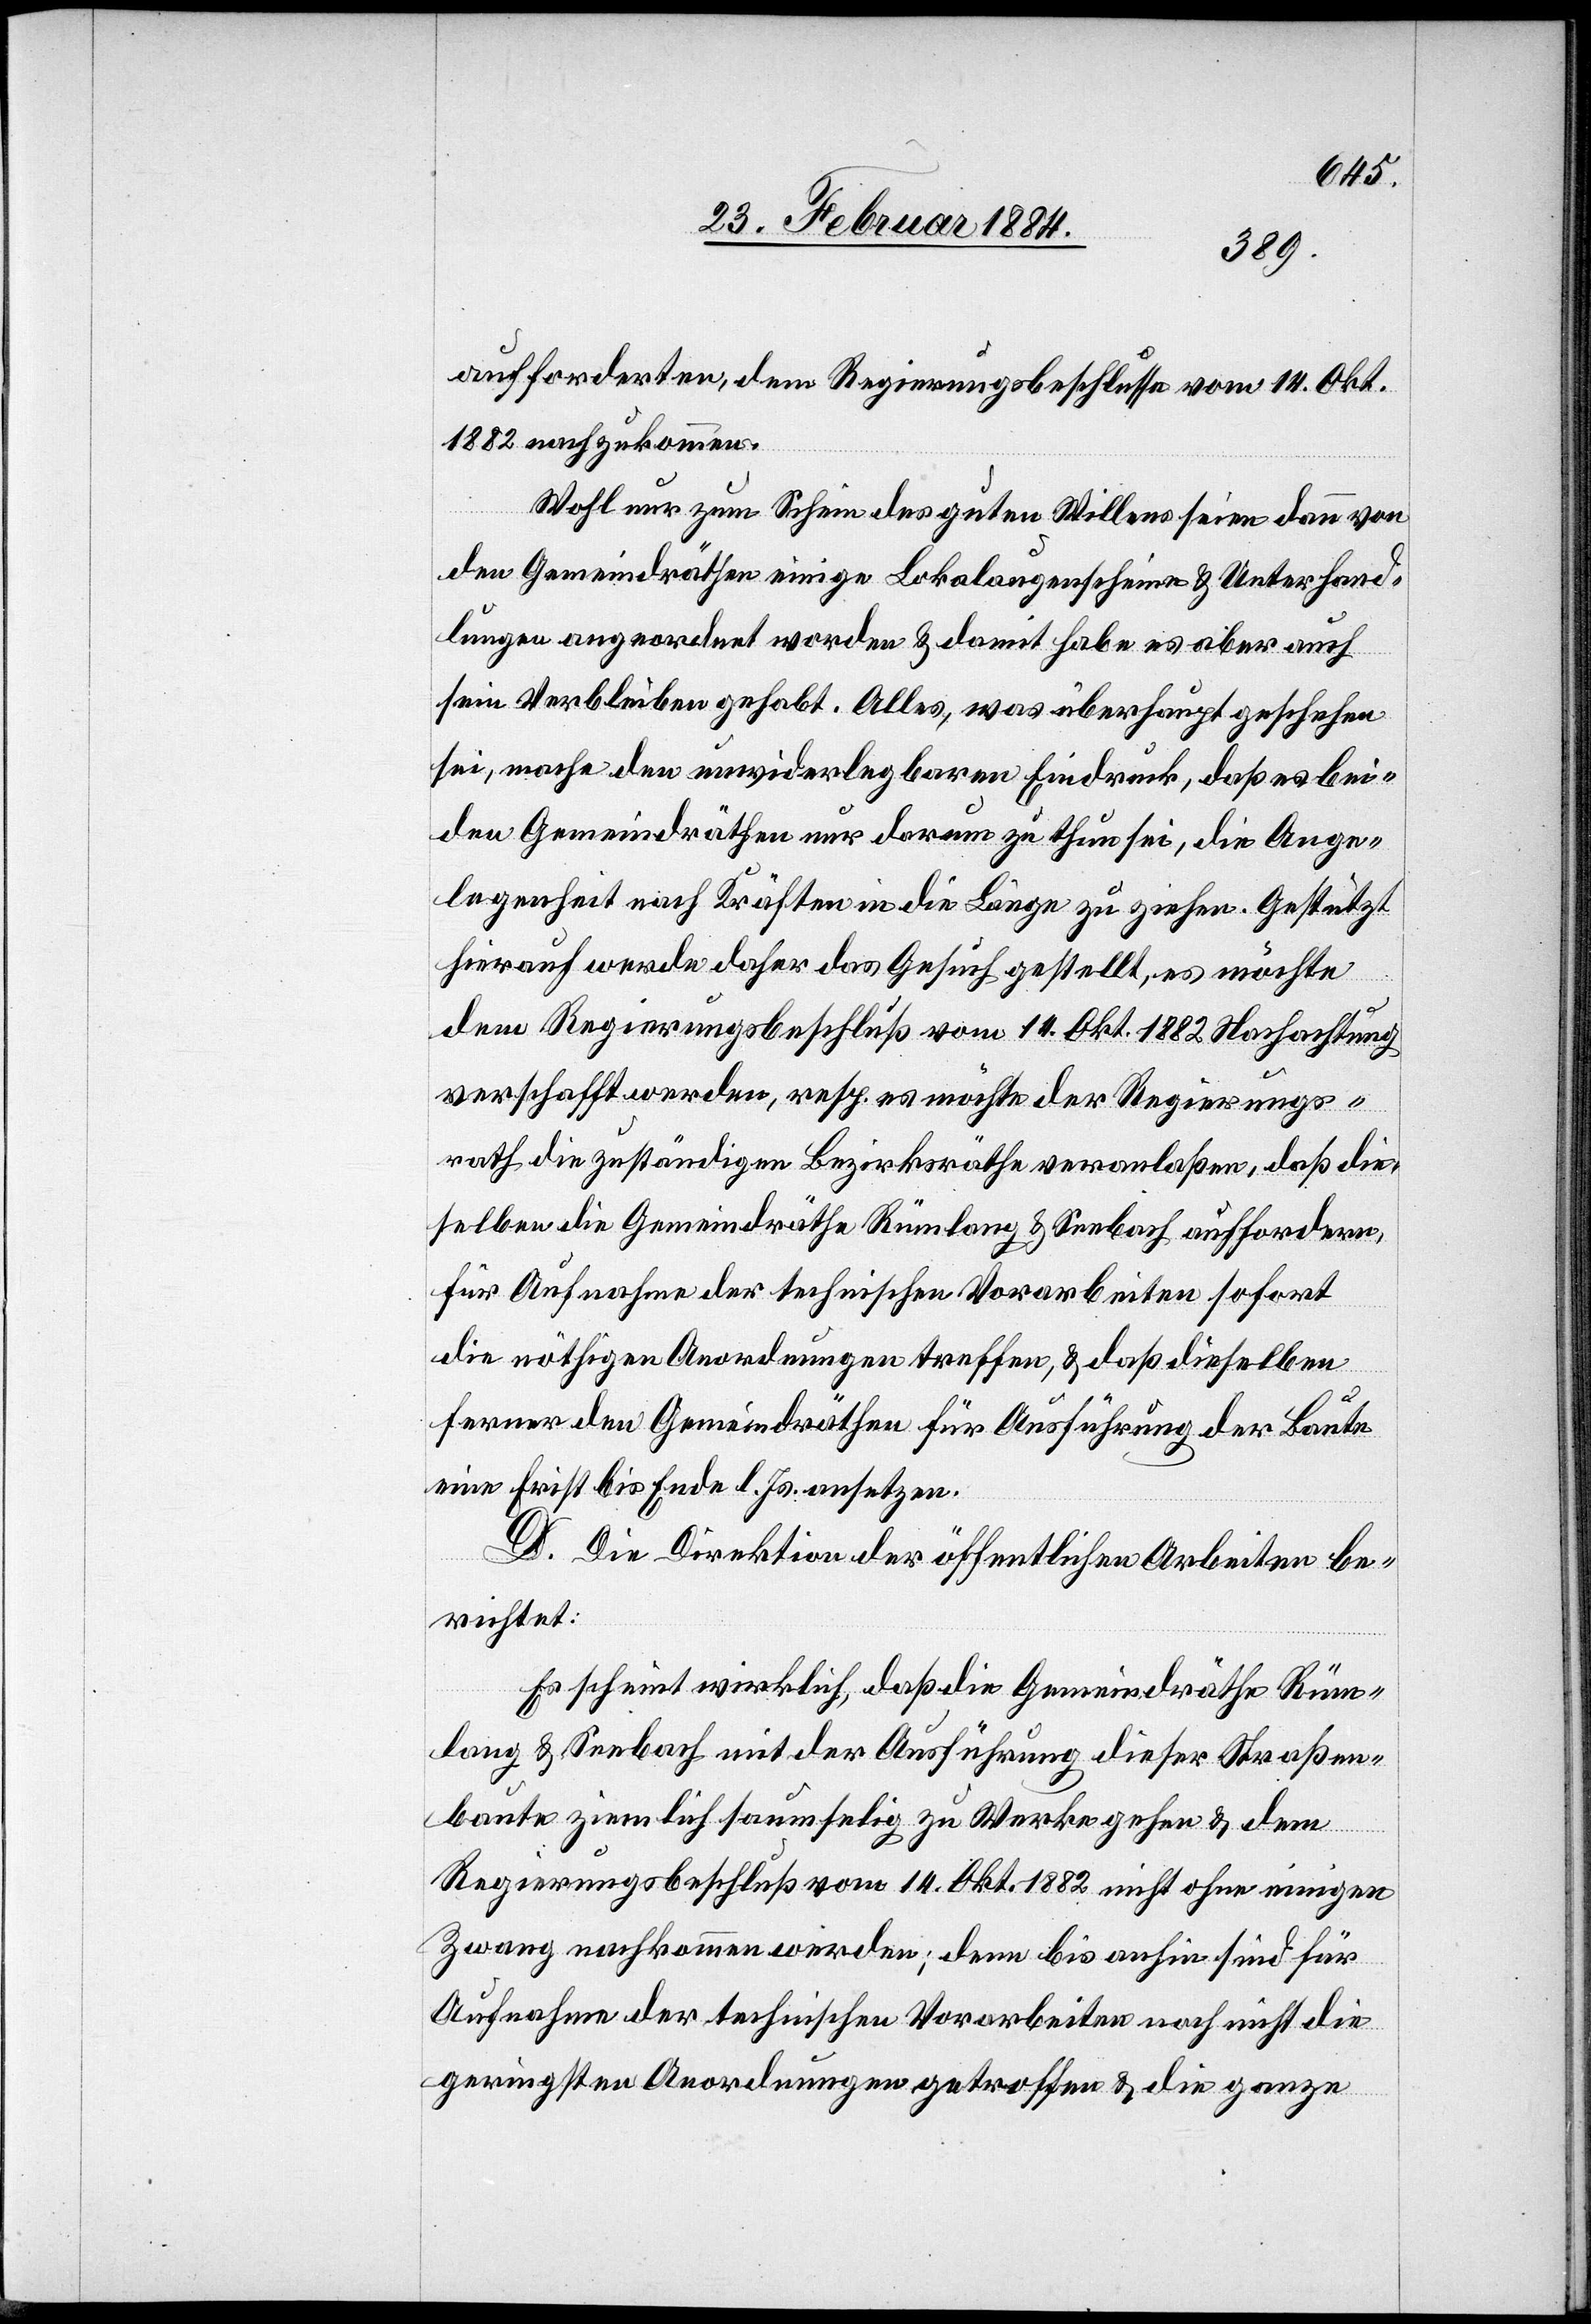
aufforderten, dem Regierungsbeschlusse vom 14. Okt.
1882 nachzukommen.
Wohl nur zum Schein des guten Willens seien dann von
den Gemeindräthen einige Lokalaugenscheine & Unterhand¬
lungen angeordnet worden & damit habe es aber auch
sein Verbleiben gehabt. Alles, was überhaupt geschehen
sei, macht den unwiderlegbaren Eindruck, daß es bei¬
den Gemeindräthen nur darum zuthun sei, die Ange¬
legenheit nach Kräften in die Länge zu ziehen. Gestützt
hierauf werde daher das Gesuch gestellt, es möchte
dem Regierungsbeschluß vom 14. Okt. 1882 Nachachtung
verschafft werden, resp. es möchte der Regierungs¬
rath die zuständigen Bezirksräthe veranlaßen, daß die¬
selben die Gemeindräthe Rümlang & Seebach auffordern,
für Aufnahme der technischen Vorarbeiten sofort
die nöthigen Anordnungen treffen & daß dieselben
ferner den Gemeindräthen für Ausführungen der Baute
eine Frist bis Ende l. Js. ansetzen.
D. Die Direktion der öffentlichen Arbeiten be¬
richtet:
Es scheint wirklich, daß die Gemeindräthe Rüm¬
lang & Seebach mit der Ausführung dieser Straßen¬
baute ziemlich saumselig zu Werke gehen & dem
Regierungsbeschluß vom 14. Okt. 1882 nicht ohne einigen
Zwang nachkommen werden; denn bis anhin sind für
Aufnahme der technischen Vorabreiten noch nicht die
geringsten Anordnungen getroffen & die ganze